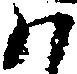
ハ